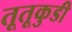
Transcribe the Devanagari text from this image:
तूतूकुडी